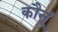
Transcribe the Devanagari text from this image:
कौनूं